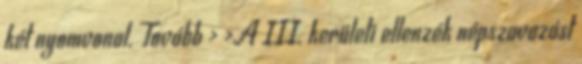
két nyomvonal. Tovább › ›A III. kerületi ellenzék népszavazást